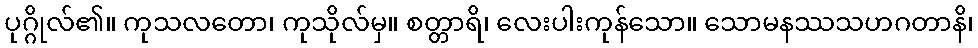
ပုဂ္ဂိုလ်၏။ ကုသလတော၊ ကုသိုလ်မှ။ စတ္တာရိ၊ လေးပါးကုန်သော။ သောမနဿသဟဂတာနိ၊